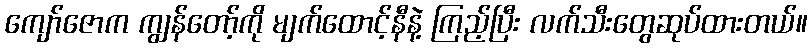
ကျော်ဇောက ကျွန်တော့်ကို မျက်ထောင့်နီနဲ့ ကြည့်ပြီး လက်သီးတွေဆုပ်ထားတယ်။